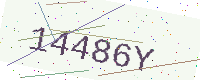
Text: 14486Y